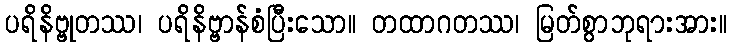
ပရိနိဗ္ဗုတဿ၊ ပရိနိဗ္ဗာန်စံပြီးသော။ တထာဂတဿ၊ မြတ်စွာဘုရားအား။